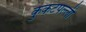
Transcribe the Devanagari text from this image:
कुकटपल्ली